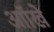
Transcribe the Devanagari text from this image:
आॉखे